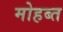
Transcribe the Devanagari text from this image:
मोहब्त